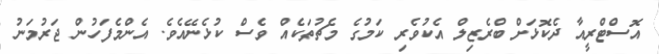
އޮސްޓްރީއާ ދެކޮޅަށް ބްރެޒިލް އެކުވެރި ކަމުގެ މެޗުތަކެއް ވެސް ކުޅެނޭއެވެ. އެންމެފަހުން ޖަރުމަނު